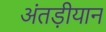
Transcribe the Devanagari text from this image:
अंतड़ीयान